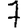
Digit: 7